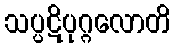
သပ္ပဋိပုဂ္ဂလောတိ